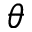
\theta